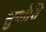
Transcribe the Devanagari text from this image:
सुयोशि